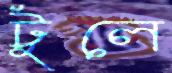
টুলে